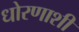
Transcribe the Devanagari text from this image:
धोरणाशी